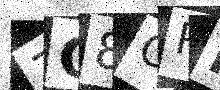
Text: 7C8CPM